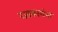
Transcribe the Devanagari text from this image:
रजाकारांना